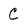
Character: C